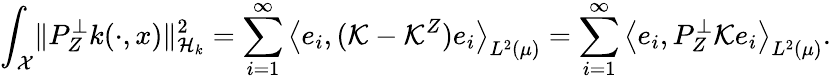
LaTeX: \int_{\mathcal{X}}\lVert P_{Z}^{\perp}k(\cdot,x)\rVert_{\mathcal{H}_{k}}^{2}=\sum_{i=1}^{\infty}\left\langle e_{i},(\mathcal{K}-\mathcal{K}^{Z})e_{i}\right\rangle_{L^{2}(\mu)}=\sum_{i=1}^{\infty}\left\langle e_{i},P_{Z}^{\perp}\mathcal{K}e_{i}\right\rangle_{L^{2}(\mu)}.